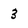
Character: 3